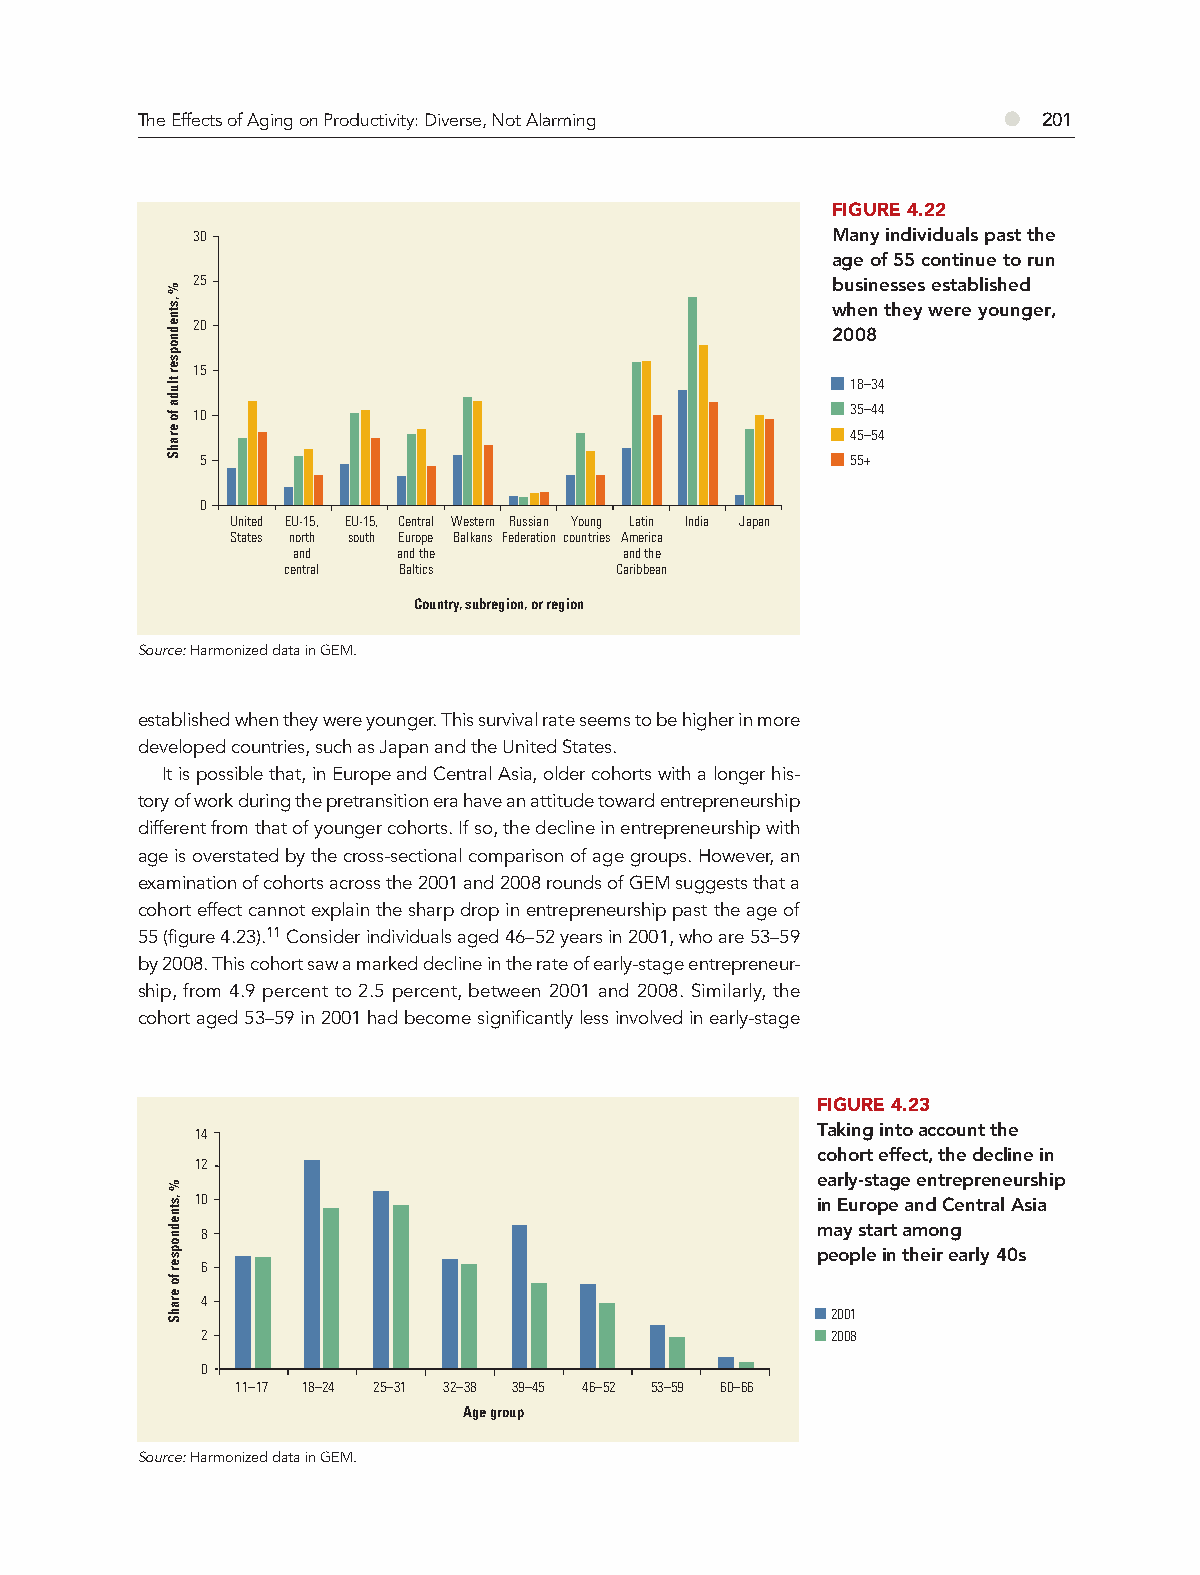
The Effects of Aging on Productivity: Diverse, Not Alarming ● 201
 FIGURE 4.22
 30                                        Many individuals past the
 age of 55 continue to run
 25                                        businesses established
 when they were younger,
 20
 2008
 15
 18–34
 10                                         35–44
 45–54
 5                                          55+
 0
 United EU-15, EU-15, Central Western Russian Young Latin India Japan
 States north south Europe Balkans Federation countries America
 and    and the        and the
 central Baltics       Caribbean
 Country, subregion, or region
 Source: Harmonized data in GEM.
 established when they were younger. This survival rate seems to be higher in more
 developed countries, such as Japan and the United States.
 It is possible that, in Europe and Central Asia, older cohorts with a longer his-
 tory of work during the pretransition era have an attitude toward entrepreneurship
 different from that of younger cohorts. If so, the decline in entrepreneurship with
 age is overstated by the cross-sectional comparison of age groups. However, an
 examination of cohorts across the 2001 and 2008 rounds of GEM suggests that a
 cohort effect cannot explain the sharp drop in entrepreneurship past the age of
 55 (figure 4.23).11 Consider individuals aged 46–52 years in 2001, who are 53–59
 by 2008. This cohort saw a marked decline in the rate of early-stage entrepreneur-
 ship, from 4.9 percent to 2.5 percent, between 2001 and 2008. Similarly, the
 cohort aged 53–59 in 2001 had become significantly less involved in early-stage
 FIGURE 4.23
 14                                       Taking into account the
 cohort effect, the decline in
 12
 early-stage entrepreneurship
 10                                       in Europe and Central Asia
 8                                        may start among
 people in their early 40s
 6
 4
 2001
 2                                         2008
 0
 11–17 18–24 25–31 32–38 39–45 46–52 53–59 60–66
 Age group
 Source: Harmonized data in GEM.
 %
 ,stnednopser
 tluda
 fo
 erahS
 %
 ,stnednopser
 fo
 erahS